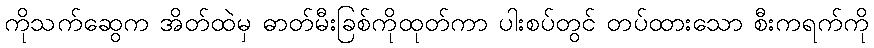
ကိုသက်ဆွေက အိတ်ထဲမှ ဓာတ်မီးခြစ်ကိုထုတ်ကာ ပါးစပ်တွင် တပ်ထားသော စီးကရက်ကို